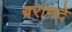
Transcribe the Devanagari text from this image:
ब्ररामदे